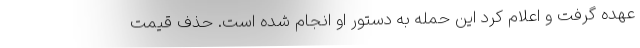
عهده گرفت و اعلام کرد این حمله به دستور او انجام شده است. حذف قیمت‌